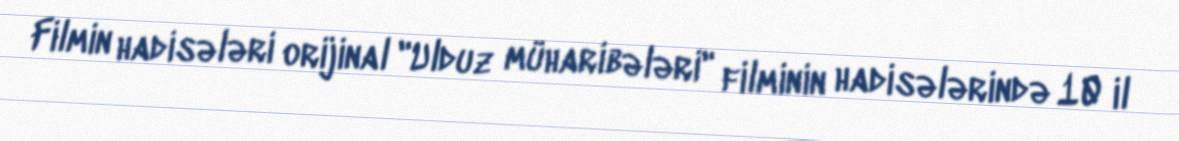
Filmin hadisələri orijinal "Ulduz müharibələri" filminin hadisələrində 10 il